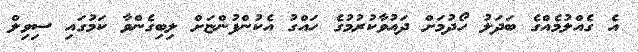
އެ ގެއްލުމެއްގެ ބަދަލު ހޯދުމަށް ދައުވާކުރުމުގެ ހައްގު އެކުންފުންޏަށް ލިބިގެންވާ ކަމުގައި ސިވިލް